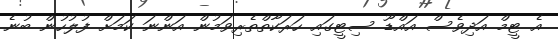
އެ ޓީމް އަދިވެސް އައްޑޫ ސިޓީގައި ހަރަކާތްތެރިވަމުން އަންނަ ކަމަށް ފުލުހުން ބުނެ